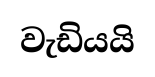
වැඩියයි